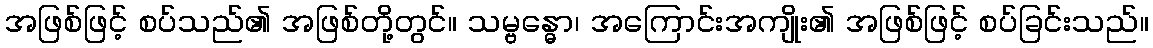
အဖြစ်ဖြင့် စပ်သည်၏ အဖြစ်တို့တွင်။ သမ္ဗန္ဓော၊ အကြောင်းအကျိုး၏ အဖြစ်ဖြင့် စပ်ခြင်းသည်။